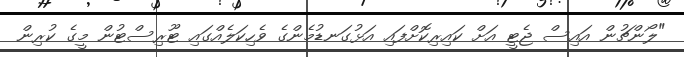
"ލޯންޗުން އައިސް ޖެޓީ އަށް ކައިރިކޮށްފައި އަޅުގަނޑުމެންގެ ވެހިކަލެއްގައި ޓޫރިސްޓުން މީގެ ކުރިން